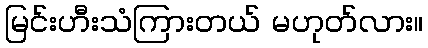
မြင်းဟီးသံကြားတယ် မဟုတ်လား။